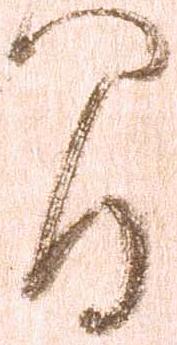
間